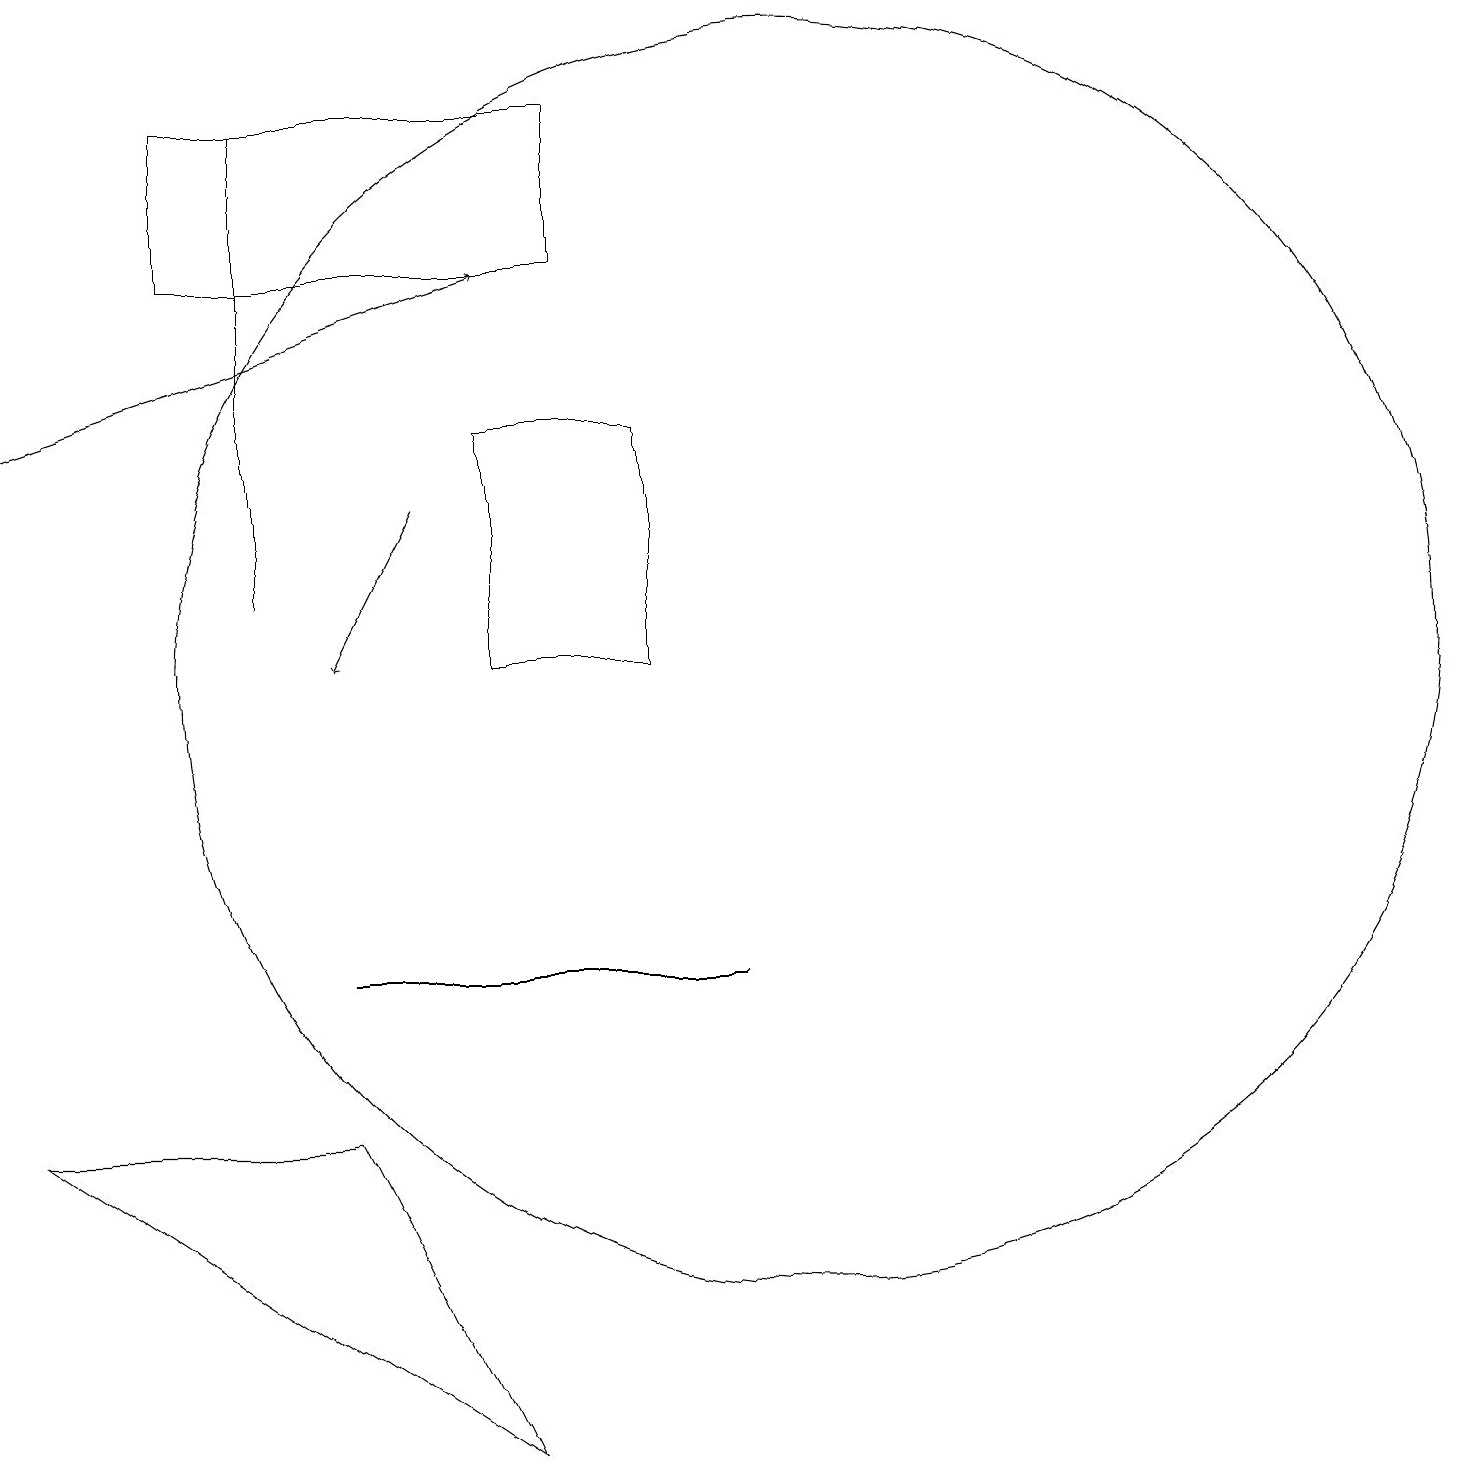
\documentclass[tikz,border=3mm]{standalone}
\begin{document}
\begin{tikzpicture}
\draw (7,6) -- (4,6) -- (9,6) -- cycle;
\draw (3,17) rectangle (3,11);
\draw (6,0) -- (0,4) -- (4,4) -- cycle;
\draw (8,13) rectangle (6,10);
\draw[->] (5,12) -- (4,10);
\draw (2,15) rectangle (7,17);
\draw (10,10) circle (8);
\draw[->] (0,13) -- (6,15);
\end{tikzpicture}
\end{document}